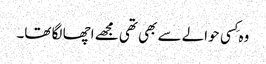
وہ کِسی حوالے سے بھی تھی مجھے اچھا لگا تھا۔